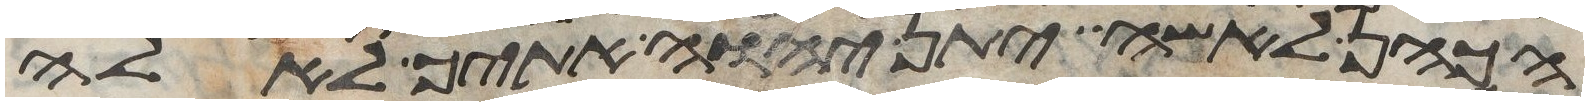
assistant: הכהן לאשה יתן יהוה אתיך לאלה